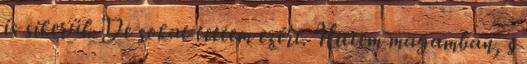
is sikerül. De sokat tettem ezért. Hittem magamban, s